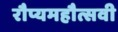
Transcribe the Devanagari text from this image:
रौप्यमहौत्सवी